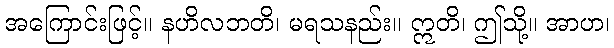
အကြောင်းဖြင့်။ နဟိလဘတိ၊ မရသနည်း။ ဣတိ၊ ဤသို့။ အာဟ၊